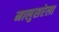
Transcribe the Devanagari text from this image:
मालुसरेला